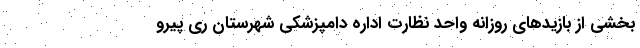
بخشی از بازیدهای روزانه واحد نظارت اداره دامپزشکی شهرستان ری پیرو